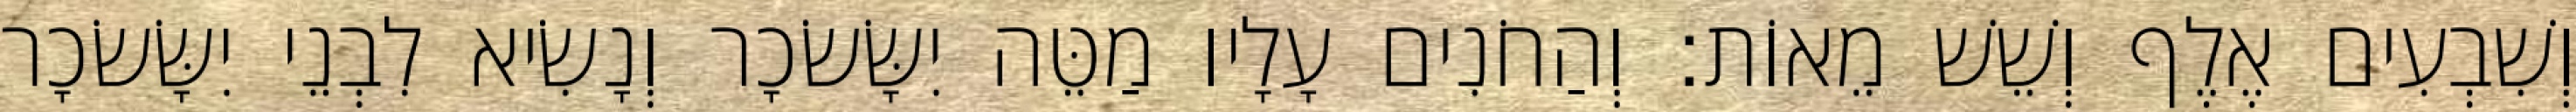
וְשִׁבְעִים אֶלֶף וְשֵׁשׁ מֵאוֹת׃ וְהַחֹנִים עָלָיו מַטֵּה יִשָּׂשׂכָר וְנָשִׂיא לִבְנֵי יִשָּׂשׂכָר